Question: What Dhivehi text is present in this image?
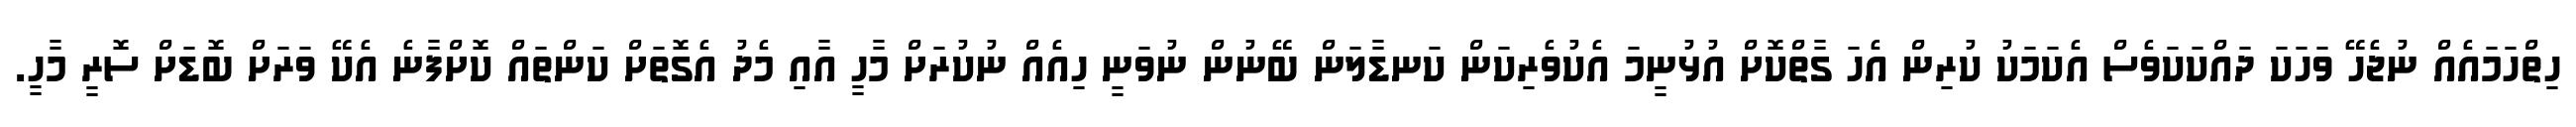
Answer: ހިތްހަމައެއް ނުޖެހޭ ވަހަކަ ދައްކަކަވެސް އެކަމަކު ކުރިން އެހަ ގާތްކޮށް އުޅުނީމަ އެކުވެރިކަން ކަނޑާލަން ބޭނުން ނުވަނީ ހިއެއް ނުކުރަށް މާހީ އާއި މެދު އެގޮތަށް ކަންތައް ކޮށްފާނެ އެކޭ ވަރަށް ބޮޑަށް ސޮރީ މާހީ.